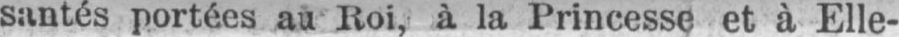
santés portées au Roi, à la Princesse et à Elle-